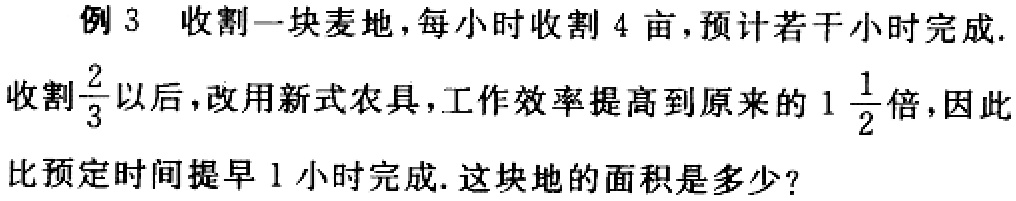
例 3 收割一块麦地，每小时收割 4 亩，预计若干小时完成.
收割$\frac{2}{3}$以后，改用新式农具，工作效率提高到原来的$1\frac{1}{2}$倍，因此
比预定时间提早 1 小时完成. 这块地的面积是多少？